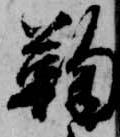
鞠